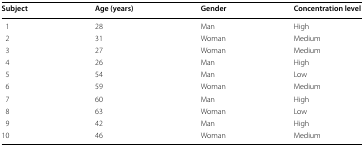
<table><thead><tr><td><b>Subject</b></td><td><b>Age (years)</b></td><td><b>Gender</b></td><td><b>Concentration level</b></td></tr></thead><tbody><tr><td>1</td><td>28</td><td>Man</td><td>High</td></tr><tr><td>2</td><td>31</td><td>Woman</td><td>Medium</td></tr><tr><td>3</td><td>27</td><td>Woman</td><td>Medium</td></tr><tr><td>4</td><td>26</td><td>Man</td><td>High</td></tr><tr><td>5</td><td>54</td><td>Man</td><td>Low</td></tr><tr><td>6</td><td>59</td><td>Woman</td><td>Medium</td></tr><tr><td>7</td><td>60</td><td>Man</td><td>High</td></tr><tr><td>8</td><td>63</td><td>Woman</td><td>Low</td></tr><tr><td>9</td><td>42</td><td>Man</td><td>High</td></tr><tr><td>10</td><td>46</td><td>Woman</td><td>Medium</td></tr></tbody></table>